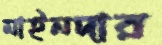
মাইনদার